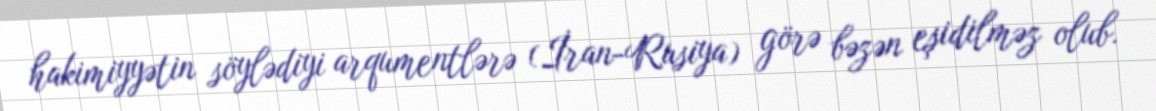
hakimiyyətin söylədiyi arqumentlərə (İran-Rusiya) görə bəzən eşidilməz olub.